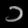
Digit: ၁